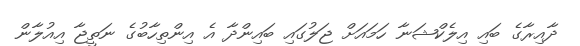
ދާއިރާގެ ބައި އިލެކްޝަނާ ހަމައަށް ޖަލުގައި ބައިންދާ އެ އިންތިހާބުގެ ނަތީޖާ އިއުލާން